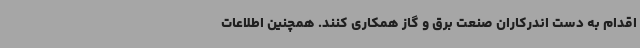
اقدام به دست اندرکاران صنعت برق و گاز همکاری کنند. همچنین اطلاعات